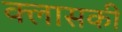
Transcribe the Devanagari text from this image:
क्लासकी